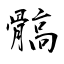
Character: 髇